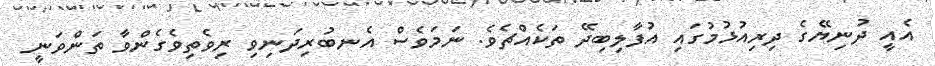
އެއީ ދުނިޔޭގެ ދިރިއުޅުމުގައި އުފާލިބިދޭ ތަކެއްޗެވެ. ނަމަވެސް އެނބުރިދަނިވި ރިވެތިވެގެންވާ ތަންވަނީ